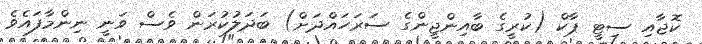
ކޮޖާއި ސިޓީ ޕާކް (ކުރީގެ ބާއިންޖީންގެ ސަރަހައްދަށް) ބަދަލުކުރަން ވެސް ވަނީ ނިންމާފައެވެ